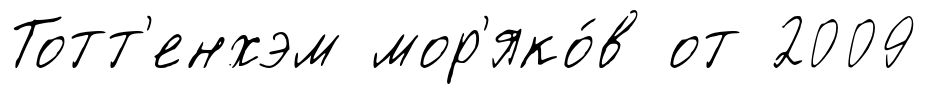
Тотт'енхэм мор'яко́в от 2009